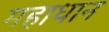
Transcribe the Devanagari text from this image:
महाधान